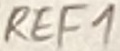
Text: REF1